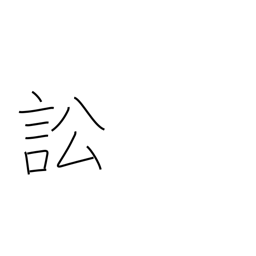
Meaning: accuse